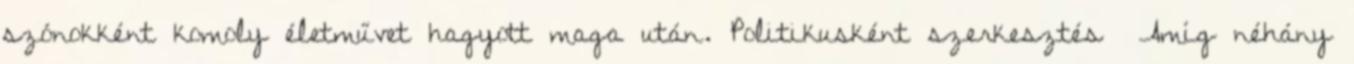
szónokként komoly életművet hagyott maga után. Politikusként szerkesztés Amíg néhány